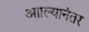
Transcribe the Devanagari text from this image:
आाल्यानंतर